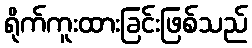
ရိုက်ကူးထားခြင်းဖြစ်သည်